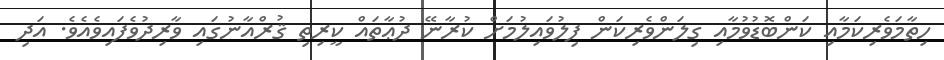
ހިތާމަވެރިކަމާއި ކަންބޮޑުވުމާއި ގިލަންވެރިކަން ފިލުވައިލުމަށް ކުރާނޭ ދުޢާތައް ކީރިތި ޤުރްއާނުގައި ވާރިދުވެފައިވެއެވެ. އަދި